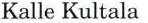
Kalle Kultala